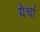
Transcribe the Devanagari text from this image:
येचां